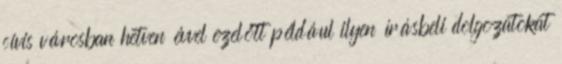
cívis városban hetven évvel ezelőtt például ilyen írásbeli dolgozatokat